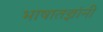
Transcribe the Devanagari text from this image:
भाषातज्ञांनी